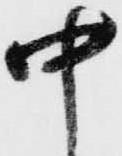
中